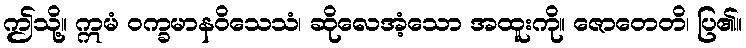
ဤသို့။ ဣမံ ဝက္ခမာနဝိသေသံ၊ ဆိုလေအံ့သော အထူးကို။ ဇောတေတိ၊ ပြ၏။